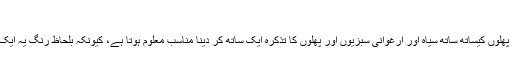
آسمانی:
آسمانی رنگ کی سبزیوں اور پھلوں کیساتھ ساتھ سیاہ اور ارغوانی سبزیوں اور پھلوں کا تذکرہ ایک ساتھ کر دینا مناسب معلوم ہوتا ہے، کیونکہ بلحاظ رنگ یہ ایک داسرے کے کافی قریب ہیں۔